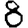
Digit: 8